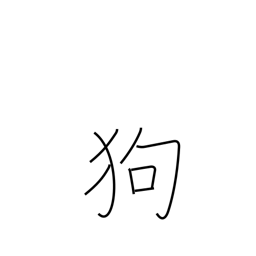
Meaning: dog